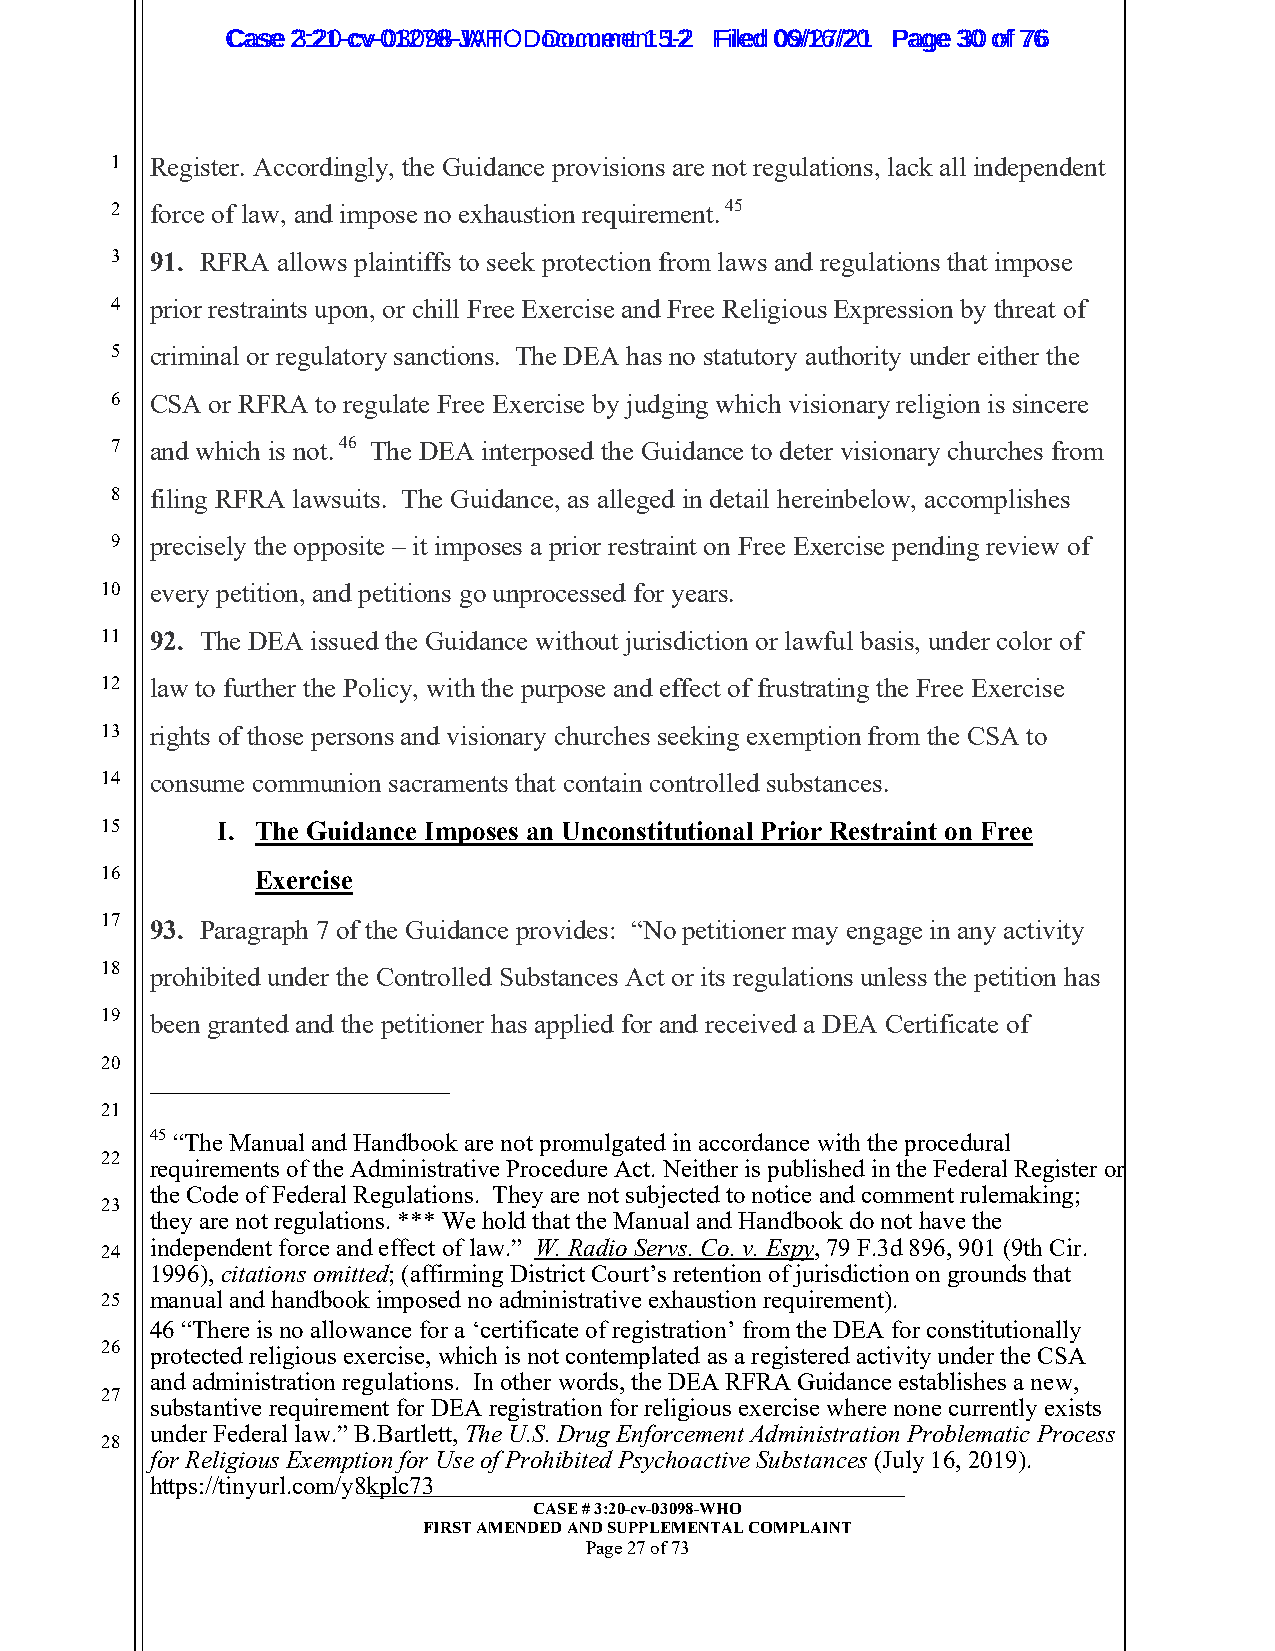
CCaassee 23::2210--ccvv--0013207988--JWAHT O D oDcoucmumenetn 1t 51-22 FFiilleedd 0069//1267//2201 PPaaggee 3300 ooff 7766
 1  Register. Accordingly, the Guidance provisions are not regulations, lack all independent
 2  force of law, and impose no exhaustion requirement. 45
 3  91. RFRA allows plaintiffs to seek protection from laws and regulations that impose
 4  prior restraints upon, or chill Free Exercise and Free Religious Expression by threat of
 5  criminal or regulatory sanctions. The DEA has no statutory authority under either the
 6  CSA or RFRA to regulate Free Exercise by judging which visionary religion is sincere
 7  and which is not. 46 The DEA interposed the Guidance to deter visionary churches from
 8  filing RFRA lawsuits. The Guidance, as alleged in detail hereinbelow, accomplishes
 9  precisely the opposite – it imposes a prior restraint on Free Exercise pending review of
 10 every petition, and petitions go unprocessed for years.
 11 92. The DEA issued the Guidance without jurisdiction or lawful basis, under color of
 12 law to further the Policy, with the purpose and effect of frustrating the Free Exercise
 13 rights of those persons and visionary churches seeking exemption from the CSA to
 14 consume communion sacraments that contain controlled substances.
 15     I. The Guidance Imposes an Unconstitutional Prior Restraint on Free
 16        Exercise
 17 93. Paragraph 7 of the Guidance provides: “No petitioner may engage in any activity
 18 prohibited under the Controlled Substances Act or its regulations unless the petition has
 19 been granted and the petitioner has applied for and received a DEA Certificate of
 20
 21
 45 “The Manual and Handbook are not promulgated in accordance with the procedural
 22
 requirements of the Administrative Procedure Act. Neither is published in the Federal Register or
 the Code of Federal Regulations. They are not subjected to notice and comment rulemaking;
 23
 they are not regulations. *** We hold that the Manual and Handbook do not have the
 24 independent force and effect of law.” W. Radio Servs. Co. v. Espy, 79 F.3d 896, 901 (9th Cir.
 1996), citations omitted; (affirming District Court’s retention of jurisdiction on grounds that
 25 manual and handbook imposed no administrative exhaustion requirement).
 46 “There is no allowance for a ‘certificate of registration’ from the DEA for constitutionally
 26 protected religious exercise, which is not contemplated as a registered activity under the CSA
 and administration regulations. In other words, the DEA RFRA Guidance establishes a new,
 27
 substantive requirement for DEA registration for religious exercise where none currently exists
 under Federal law.” B.Bartlett, The U.S. Drug Enforcement Administration Problematic Process
 28
 for Religious Exemption for Use of Prohibited Psychoactive Substances (July 16, 2019).
 https://tinyurl.com/y8k__p_l_c_7_3_ __________________________________________________
 CASE # 3:20-cv-03098-WHO
 FIRST AMENDED AND SUPPLEMENTAL COMPLAINT
 Page 27 of 73